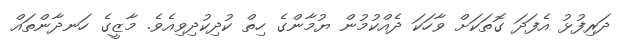
ދަރިފުޅު އެފަދަ ގޮތަކަށް ވާހަކަ ދެއްކުމުން ޔުމާންގެ ހިތް ކުދިކުދިވިއެވެ. މާޒީގެ ހަނދާންތައް